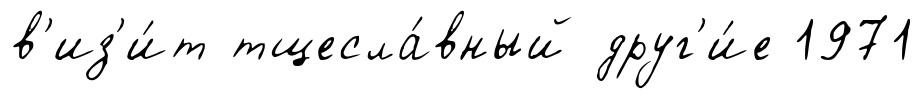
в'из'и́т тщесла́вный друг'и́е 1971